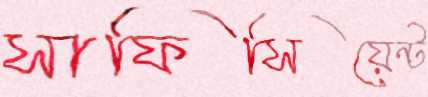
সাফিসিয়েন্ট